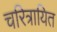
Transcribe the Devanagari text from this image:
चरित्रायित